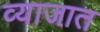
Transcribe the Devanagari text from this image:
व्याजात